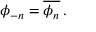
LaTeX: \phi _ { - n } = { \overline { { \phi _ { n } } } } \, .